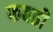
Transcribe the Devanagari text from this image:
फबती